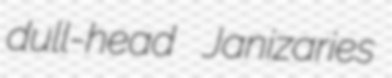
dull-head Janizaries